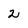
Character: 2